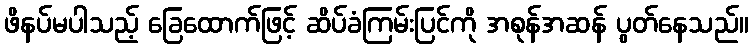
ဖိနပ်မပါသည့် ခြေထောက်ဖြင့် ဆိပ်ခံကြမ်းပြင်ကို အစုန်အဆန် ပွတ်နေသည်။